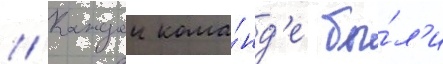
// Каждои кома́нд'е бы́л'и